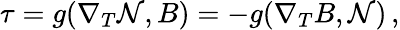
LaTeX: \tau=g(\nabla_{T}\mathcal{N},B)=-g(\nabla_{T}B,\mathcal{N})\, ,